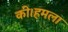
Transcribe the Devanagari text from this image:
की।हमला